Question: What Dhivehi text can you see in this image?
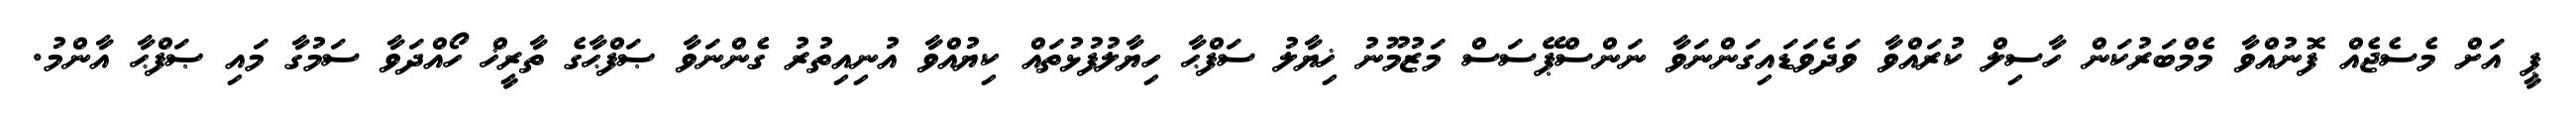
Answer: ޕީ އަށް މެސެޖެއް ފޮނުއްވާ މެމްބަރުކަން ހާސިލް ކުރައްވާ ވަދެވަޑައިގަންނަވާ ނަންސްޕޭސަސް މަޒުމޫނު ޚިޔާލު ސަފްޙާ ހިޔާލުފުޅުތައް ކިޔުއްވާ އުނިއިތުރު ގެންނަވާ ޞަފްޙާގެ ތާރީޚް ހޯއްދަވާ ސަމުގާ މައި ޞަފްޙާ އާންމު.